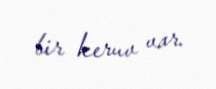
bir keruv var.